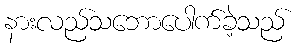
နားလည်သဘောပေါက်ခဲ့သည်